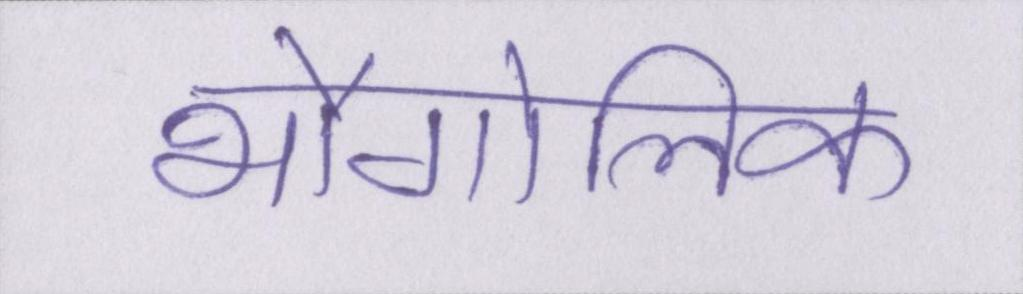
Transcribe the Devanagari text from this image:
भौगोलिक